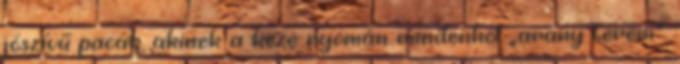
jószívű pacák, akinek a keze nyomán mindenhol „arany terem”.